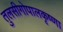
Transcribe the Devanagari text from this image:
तुलसीगोपालकृष्‍णा